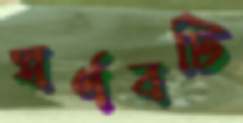
স্বর্ণবটি